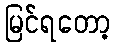
မြင်ရတော့